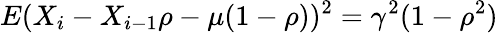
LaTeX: E(X_{i}-X_{i-1}\rho-\mu(1-\rho))^{2}=\gamma^{2}(1-\rho^{2})